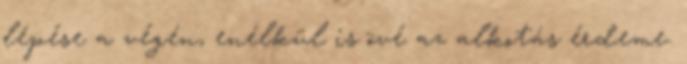
lépése a végén, enélkül is övé az alkotás érdeme.